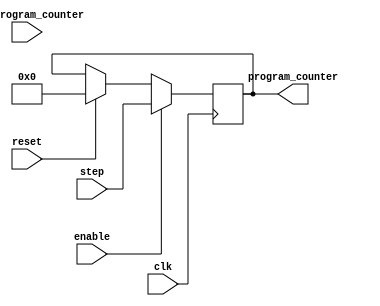
`timescale 1ns / 1ps
//////////////////////////////////////////////////////////////////////////////////
// Company: 
// Engineer: 
// 
// Design Name: 
// Module Name:    ProgramCounter 
// Project Name: 
// Target Devices: 
// Tool versions: 
// Description: 
//
// Dependencies: 
//
// Revision: 
// Revision 0.01 - File Created
// Additional Comments: 
//
//////////////////////////////////////////////////////////////////////////////////
module ProgramCounter(
		clk, reset, enable, old_program_counter, step, program_counter
    );
	 
	input clk, reset, enable;
	input [14:0] old_program_counter;
	input [14:0] step;	 
	output reg [14:0] program_counter;

	always @(posedge clk) begin
		if(enable) begin
			//program_counter <= old_program_counter + step;
			program_counter <= step;
		end
		else if(reset) begin
			program_counter <= 15'd0;
		end
	end
	
	
endmodule